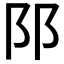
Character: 𨸙